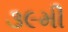
૩૯મી